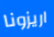
اريزونا